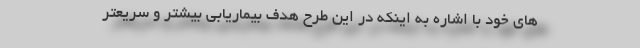
های خود با اشاره به اینکه در این طرح هدف بیماریابی بیشتر و سریعتر